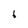
Character: 6